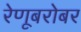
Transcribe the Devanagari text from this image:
रेणूबरोबर